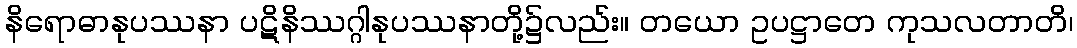
နိရောဓာနုပဿနာ ပဋိနိဿဂ္ဂါနုပဿနာတို့၌လည်း။ တယော ဥပဋ္ဌာတေ ကုသလတာတိ၊